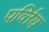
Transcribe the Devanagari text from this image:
पर्व्तिय